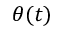
\theta ( t )